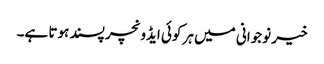
خیر نوجوانی میں ہر کوئی ایڈونچر پسند ہوتا ہے۔